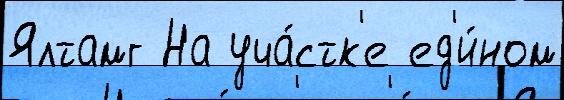
Ялтамг На уча́стк'е ед'и́ном